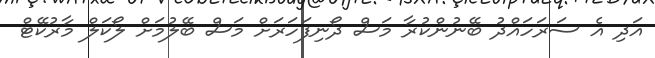
އަދި އެ ސަރަހައްދު ބޭނުންކުރާ މަސް ދޯނިފަހަރަށް މަސް ބޭލުމަށް ލޯކަލް މާރުކޭޓް